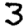
Digit: 3